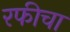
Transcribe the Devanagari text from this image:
रफीचा